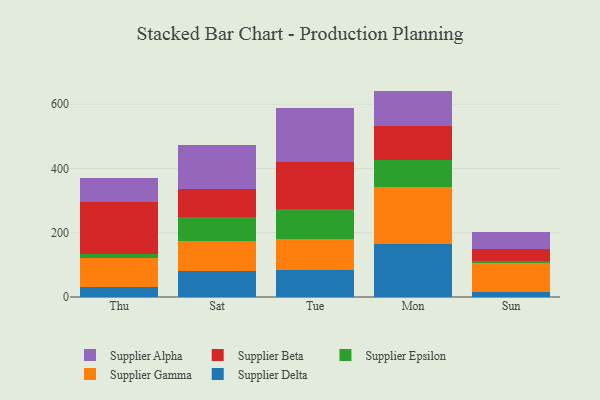
{"axis": {"x": "Day", "y": "Energy Usage (MWh)"}, "legend": ["Supplier Alpha", "Supplier Beta", "Supplier Delta", "Supplier Epsilon", "Supplier Gamma"], "data": [{"x": "Thu", "y": 31.7, "type": "Supplier Delta"}, {"x": "Thu", "y": 88.2, "type": "Supplier Gamma"}, {"x": "Thu", "y": 14.7, "type": "Supplier Epsilon"}, {"x": "Thu", "y": 161.6, "type": "Supplier Beta"}, {"x": "Thu", "y": 73.3, "type": "Supplier Alpha"}, {"x": "Sat", "y": 79.5, "type": "Supplier Delta"}, {"x": "Sat", "y": 95.7, "type": "Supplier Gamma"}, {"x": "Sat", "y": 73.9, "type": "Supplier Epsilon"}, {"x": "Sat", "y": 86.4, "type": "Supplier Beta"}, {"x": "Sat", "y": 137.4, "type": "Supplier Alpha"}, {"x": "Tue", "y": 84.4, "type": "Supplier Delta"}, {"x": "Tue", "y": 97.4, "type": "Supplier Gamma"}, {"x": "Tue", "y": 91.7, "type": "Supplier Epsilon"}, {"x": "Tue", "y": 146.7, "type": "Supplier Beta"}, {"x": "Tue", "y": 167.2, "type": "Supplier Alpha"}, {"x": "Mon", "y": 166.3, "type": "Supplier Delta"}, {"x": "Mon", "y": 177.2, "type": "Supplier Gamma"}, {"x": "Mon", "y": 84.3, "type": "Supplier Epsilon"}, {"x": "Mon", "y": 104.0, "type": "Supplier Beta"}, {"x": "Mon", "y": 109.9, "type": "Supplier Alpha"}, {"x": "Sun", "y": 16.7, "type": "Supplier Delta"}, {"x": "Sun", "y": 89.1, "type": "Supplier Gamma"}, {"x": "Sun", "y": 6.7, "type": "Supplier Epsilon"}, {"x": "Sun", "y": 37.1, "type": "Supplier Beta"}, {"x": "Sun", "y": 53.1, "type": "Supplier Alpha"}]}